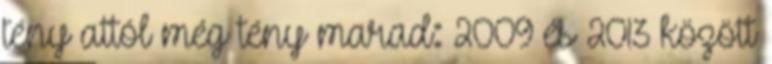
tény attól még tény marad: 2009 és 2013 között